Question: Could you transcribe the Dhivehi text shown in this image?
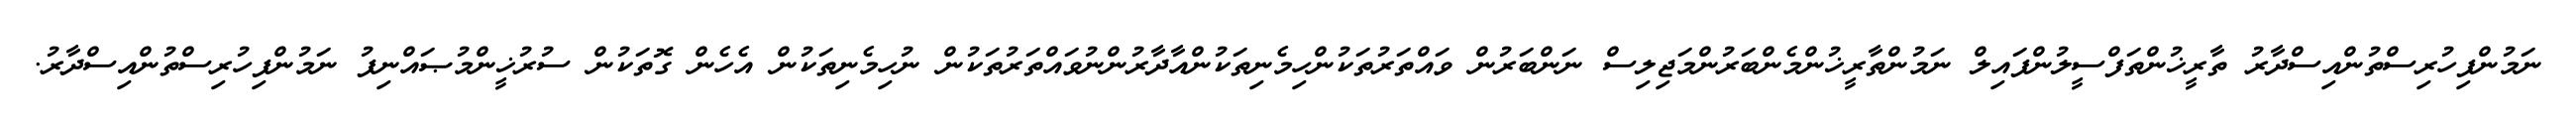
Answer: ނަމުންފިހުރިސްތުންއިސްދާރު ތާރީޚުންތަފްސީލުންފައިލް ނަމުންތާރީޚުންމެންބަރުންމަޖިލިސް ނަންބަރުން ވައްތަރުތަކުންހިމެނިތަކުންއާދާރުންނުވައްތަރުތަކުން ނުހިމެނިތަކުން އެހެން ގޮތަކުން ސުރުޚީންމުޞައްނިފު ނަމުންފިހުރިސްތުންއިސްދާރު.